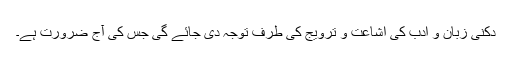
دکنی زبان و ادب کی اشاعت و ترویج کی طرف توجہ دی جائے گی جس کی آج ضرورت ہے۔